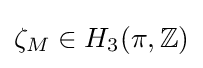
\zeta _{M}\in H_{3}(\pi ,\mathbb {Z} )